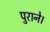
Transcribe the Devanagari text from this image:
पुराने।